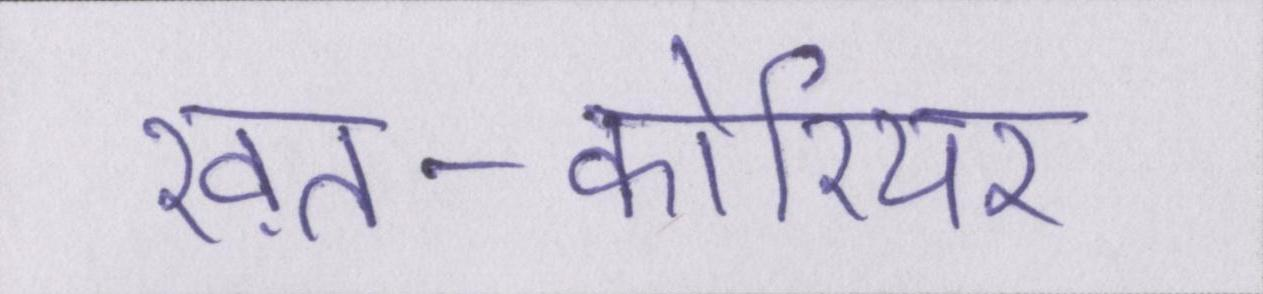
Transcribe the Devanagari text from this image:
ख़त-कोरियर